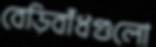
বেড়িবাঁধগুলো